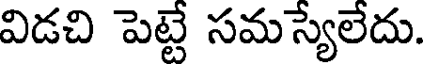
విడచి పెట్టే సమస్యేలేదు.